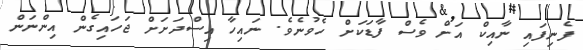
ފެނިފައި ނާއިކް އަށް ވެސް ފާޑަކަށް ހެވުނެވެ. ނައިހާ އިސްދަށަށް ޖަހައިގެން އިންނަން